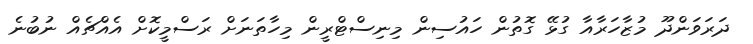
ދަރަވަންދޫ މުޒާހަރާއާ ގުޅޭ ގޮތުން ހައުސިން މިނިސްޓްރީން މިހާތަނަށް ރަސްމީކޮށް އެއްޗެއް ނުބުނެ